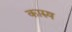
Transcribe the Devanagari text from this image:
कारुष